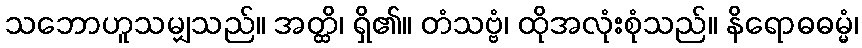
သဘောဟူသမျှသည်။ အတ္ထိ၊ ရှိ၏။ တံသဗ္ဗံ၊ ထိုအလုံးစုံသည်။ နိရောဓဓမ္မံ၊